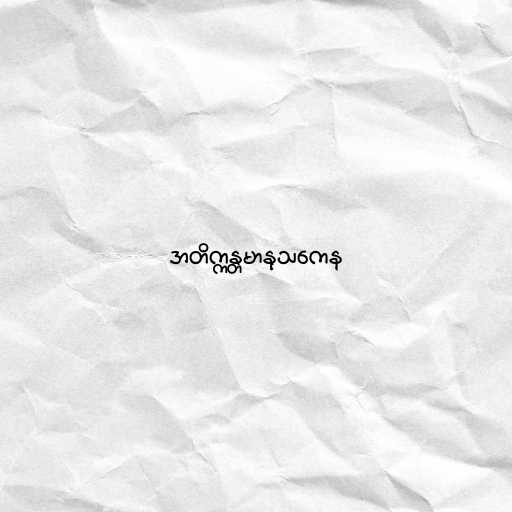
အတိက္ကန္တမာနုသကေန